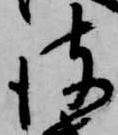
彼